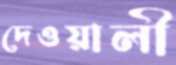
দেওয়ালী